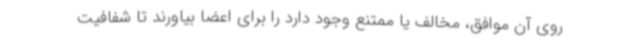
روی آن موافق، مخالف یا ممتنع وجود دارد را برای اعضا بیاورند تا شفافیت